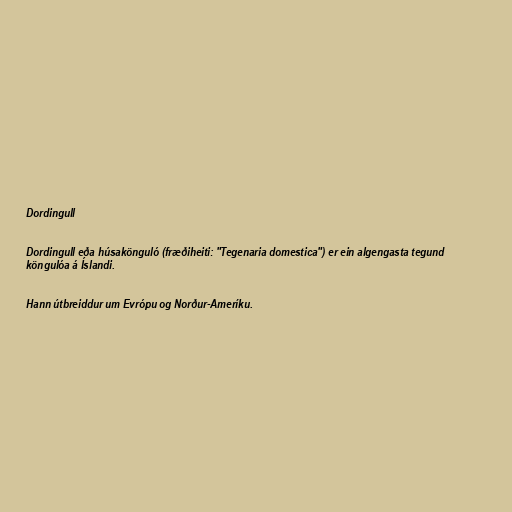
Dordingull

Dordingull eða húsakönguló (fræðiheiti: "Tegenaria domestica") er ein algengasta tegund
köngulóa á Íslandi.

Hann útbreiddur um Evrópu og Norður-Ameríku.